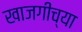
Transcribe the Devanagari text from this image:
खाजगीच्या